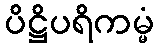
ပိဋ္ဌိပရိကမ္မံ